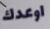
اوعدك